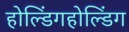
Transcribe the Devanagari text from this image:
होल्डिंगहोल्डिंग